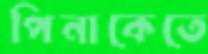
পিনাকেতে